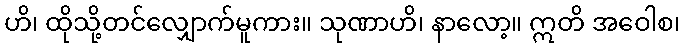
ဟိ၊ ထိုသို့တင်လျှောက်မူကား။ သုဏာဟိ၊ နာလော့။ ဣတိ အဝေါစ၊